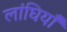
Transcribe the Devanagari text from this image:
लांघियाँ